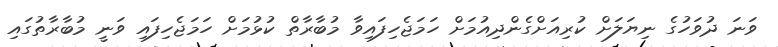
ވަނަ ދުވަހުގެ ނިޔަލަށް ކުރިއަށްގެންދިއުމަށް ހަމަޖެހިފައިވާ މުބާރާތް ކުޅުމަށް ހަމަޖެހިފައި ވަނީ މުބާރާތުގައި